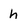
Character: h